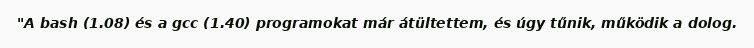
"A bash (1.08) és a gcc (1.40) programokat már átültettem, és úgy tűnik, működik a dolog.